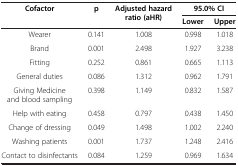
<table><thead><tr><td rowspan="2"><b>Cofactor</b></td><td rowspan="2"><b>p</b></td><td rowspan="2"><b>Adjusted hazard ratio (aHR)</b></td><td colspan="2"><b>95.0% CI</b></td></tr><tr><td><b>Lower</b></td><td><b>Upper</b></td></tr></thead><tbody><tr><td>Wearer</td><td>0.141</td><td>1.008</td><td>0.998</td><td>1.018</td></tr><tr><td>Brand</td><td>0.001</td><td>2.498</td><td>1.927</td><td>3.238</td></tr><tr><td>Fitting</td><td>0.252</td><td>0.861</td><td>0.665</td><td>1.113</td></tr><tr><td>General duties</td><td>0.086</td><td>1.312</td><td>0.962</td><td>1.791</td></tr><tr><td>Giving Medicine and blood sampling</td><td>0.398</td><td>1.149</td><td>0.832</td><td>1.587</td></tr><tr><td>Help with eating</td><td>0.458</td><td>0.797</td><td>0.438</td><td>1.450</td></tr><tr><td>Change of dressing</td><td>0.049</td><td>1.498</td><td>1.002</td><td>2.240</td></tr><tr><td>Washing patients</td><td>0.001</td><td>1.737</td><td>1.248</td><td>2.416</td></tr><tr><td>Contact to disinfectants</td><td>0.084</td><td>1.259</td><td>0.969</td><td>1.634</td></tr></tbody></table>